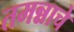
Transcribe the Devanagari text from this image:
तमन्नाचे